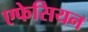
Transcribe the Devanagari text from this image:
एफेसियन